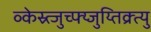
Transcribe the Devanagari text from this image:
व्केस्र्त्जुच्फ्य्जुय्तिक्र्त्यु